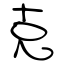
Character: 克